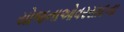
યોજનાઓવરસાદના